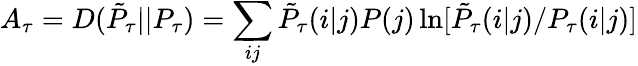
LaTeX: A_{\tau}=D(\tilde{P}_{\tau}||P_{\tau})=\sum_{ij}\tilde{P}_{\tau}(i|j)P(j)\ln[\tilde{P}_{\tau}(i|j)/P_{\tau}(i|j)]